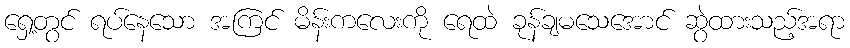
ရှေ့တွင် ရပ်နေသော အကြင် မိန်းကလေးကို ရေထဲ ခုန်ချမသေအောင် ဆွဲထားသည့်အရာ